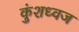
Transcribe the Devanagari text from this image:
कुंशध्वज